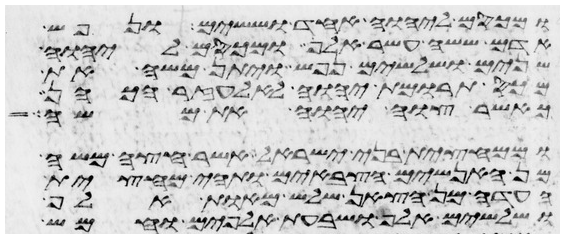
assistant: ומכסם ליהוה אחד וששים ונפש
אדם ששה עשר אלף ומכסם ליהוה
שנים ושלשים נפש ויתן משה את
מכס תרומת יהוה לאלעזר הכהן
כאשר צוה יהוה את משה
וממחצית בני ישראל אשר חצה משה
מן האנשים הצבאים ותהי מחצית
העדה מן הצאן שלש מאות אלף
ושלשים אלף ושבעת אלפים וחמש